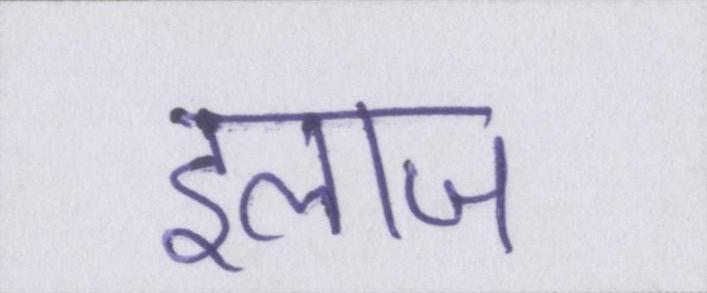
इलाज